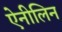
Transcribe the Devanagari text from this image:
ऐनीलिन